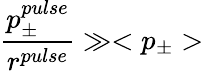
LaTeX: \frac{p_{\pm}^{pulse}}{r^{pulse}}\gg<p_{\pm}>